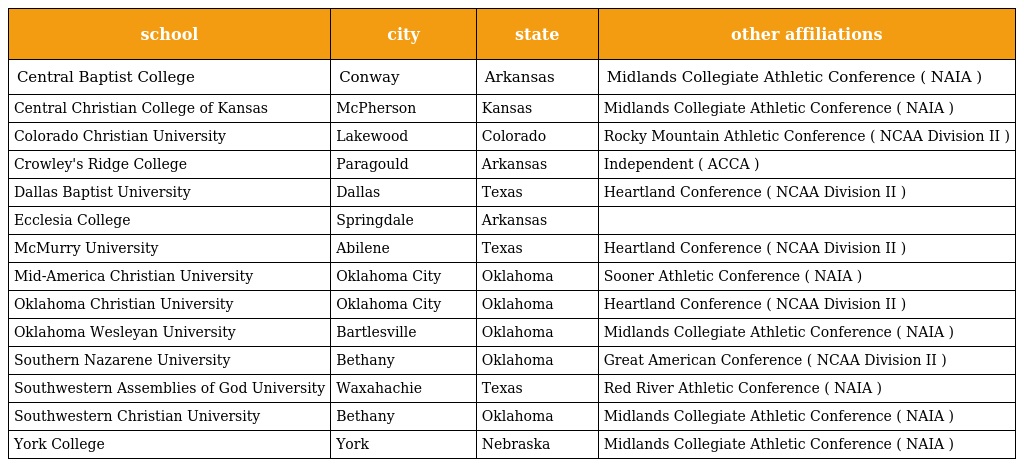
| school | city | state | other affiliations |
 | --- | --- | --- | --- |
 | Central Baptist College | Conway | Arkansas | Midlands Collegiate Athletic Conference ( NAIA ) |
 | Central Christian College of Kansas | McPherson | Kansas | Midlands Collegiate Athletic Conference ( NAIA ) |
 | Colorado Christian University | Lakewood | Colorado | Rocky Mountain Athletic Conference ( NCAA Division II ) |
 | Crowley's Ridge College | Paragould | Arkansas | Independent ( ACCA ) |
 | Dallas Baptist University | Dallas | Texas | Heartland Conference ( NCAA Division II ) |
 | Ecclesia College | Springdale | Arkansas |  |
 | McMurry University | Abilene | Texas | Heartland Conference ( NCAA Division II ) |
 | Mid-America Christian University | Oklahoma City | Oklahoma | Sooner Athletic Conference ( NAIA ) |
 | Oklahoma Christian University | Oklahoma City | Oklahoma | Heartland Conference ( NCAA Division II ) |
 | Oklahoma Wesleyan University | Bartlesville | Oklahoma | Midlands Collegiate Athletic Conference ( NAIA ) |
 | Southern Nazarene University | Bethany | Oklahoma | Great American Conference ( NCAA Division II ) |
 | Southwestern Assemblies of God University | Waxahachie | Texas | Red River Athletic Conference ( NAIA ) |
 | Southwestern Christian University | Bethany | Oklahoma | Midlands Collegiate Athletic Conference ( NAIA ) |
 | York College | York | Nebraska | Midlands Collegiate Athletic Conference ( NAIA ) |